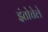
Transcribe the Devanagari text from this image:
इंतोचेले